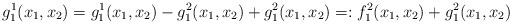
LaTeX: \begin{align*}g_1^1(x_1,x_2)= g_1^1(x_1,x_2)- g_1^2(x_1,x_2)+ g_1^2(x_1,x_2)=:f_1^2(x_1,x_2)+g_1^2(x_1,x_2)\end{align*}